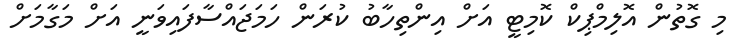
މި ގޮތުން އޮލިމްޕިކް ކޮމިޓީ އަށް އިންތިހާބު ކުރަން ހަމަޖައްސާފައިވަނީ އަށް މަގާމަށް